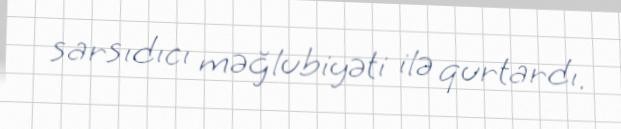
sarsıdıcı məğlubiyəti ilə qurtardı.